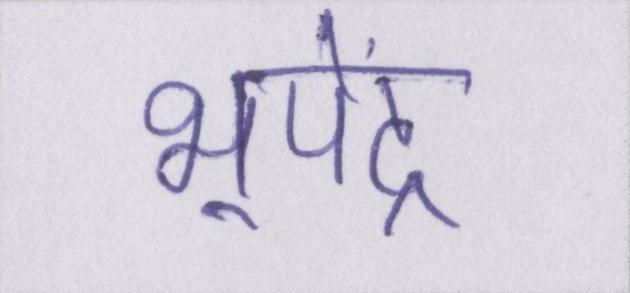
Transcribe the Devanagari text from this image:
भूपेंद्र